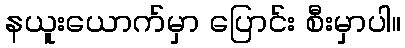
နယူးယောက်မှာ ပြောင်း စီးမှာပါ။